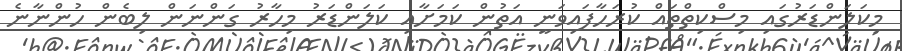
މިކަލަންޑަރުގައި މިސްކިތްތައް ކުރަހާފައިވަނީ އަތުން ކަމަށާއި ކަލަންޑަރު މިހާރު ގަންނަން ލިބެން ހުންނާނެ